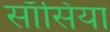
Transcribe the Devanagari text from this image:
साँसिया